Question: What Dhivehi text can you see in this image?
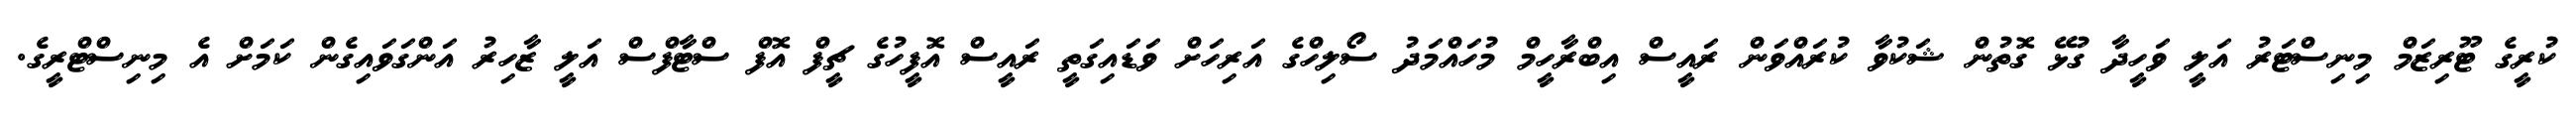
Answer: ކުރީގެ ޓޫރިޒަމް މިނިސްޓަރު އަލީ ވަހީދާ ގުޅޭ ގޮތުން ޝަކުވާ ކުރައްވަން ރައީސް އިބްރާހީމް މުހައްމަދު ސޯލިހްގެ އަރިހަށް ވަޑައިގަތީ ރައީސް އޮފީހުގެ ޗީފް އޮފް ސްޓާފްސް އަލީ ޒާހިރު އަންގަވައިގެން ކަމަށް އެ މިނިސްޓްރީގެ.